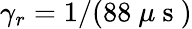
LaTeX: \gamma_{r}=1/(88~\mu\mathrm{~s~})